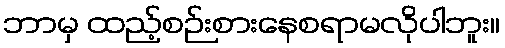
ဘာမှ ထည့်စဉ်းစားနေစရာမလိုပါဘူး။